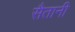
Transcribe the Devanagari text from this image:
सैतानी